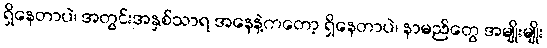
ရှိနေတာပဲ၊ အတွင်းအနှစ်သာရ အနေနဲ့ကတော့ ရှိနေတာပဲ၊ နာမည်တွေ အမျိုးမျိုး